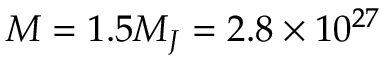
M = 1 . 5 M _ { J } = 2 . 8 \times 1 0 ^ { 2 7 }